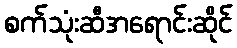
စက်သုံးဆီအရောင်းဆိုင်